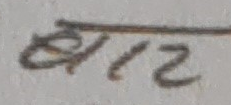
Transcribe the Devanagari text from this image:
धि१२